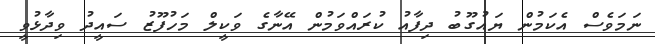
ނަމަވެސް އެކަމުން ޔައުގޫބު ދިފާއު ކުރައްވަމުން އޭނާގެ ވަކީލް މަހުފޫޒު ސައީދު ވިދާޅުވީ